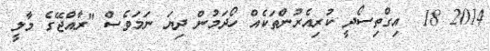
2014 18  އިގްތިސޯދީ ކުރިއެރުންތަކެއް ހޯދަމުން ދިޔަ ނަމަވެސް "ރާއްޖޭގެ މާލީ